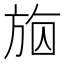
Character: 𣃴